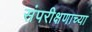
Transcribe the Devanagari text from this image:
संपरीक्षणाच्या